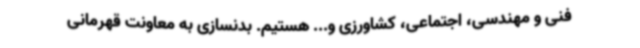
فنی و مهندسی، اجتماعی، کشاورزی و... هستیم. بدنسازی به معاونت قهرمانی